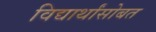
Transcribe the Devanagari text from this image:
विद्यार्थांसोबत